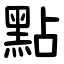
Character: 點